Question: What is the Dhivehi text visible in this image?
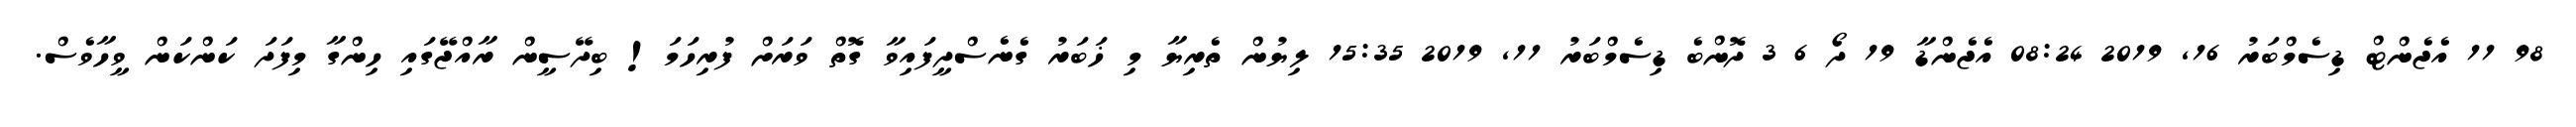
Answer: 98 11 އެޖެންޓް ޑިސެމްބަރު 16, 2019 08:24 އެޖެންޑާ 19 ދޯ 6 3 ދޮންބެ ޑިސެމްބަރު 11, 2019 15:35 ލިޔުން ތެރިޔާ މި ޚަބަރު ގެނެސްދީފައިވާ ގޮތް ވަރަށް ފުރިހަމަ! ބިދޭސީން ރާއްޖޭގައި ހިންގާ މިފަދަ ކަންކަން ވީހާވެސް.